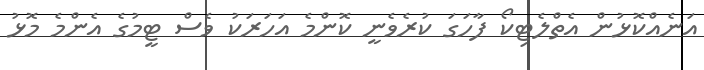
އަނެއްކޮޅުން އެތްލެޓިކޯ ފާހަގަ ކުރެވެނީ ކޮންމެ އަހަރަކު ވެސް ޓީމުގެ އެންމެ މޮޅު